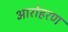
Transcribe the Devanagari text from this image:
आरोहरण